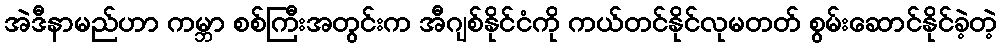
အဲဒီနာမည်ဟာ ကမ္ဘာ စစ်ကြီးအတွင်းက အီဂျစ်နိုင်ငံကို ကယ်တင်နိုင်လုမတတ် စွမ်းဆောင်နိုင်ခဲ့တဲ့